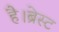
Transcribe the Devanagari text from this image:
है।ब्रेस्ट